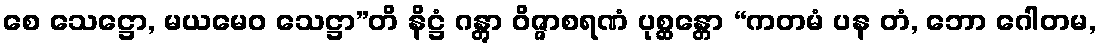
စေ သေဋ္ဌော, မယမေဝ သေဋ္ဌာ”တိ နိဋ္ဌံ ဂန္တွာ ဝိဇ္ဇာစရဏံ ပုစ္ဆန္တော “ကတမံ ပန တံ, ဘော ဂေါတမ,